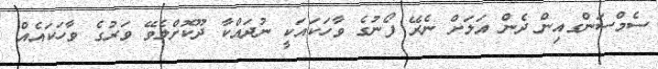
ސެމްސަންގއިން ދެން އަލަށް ނެރޭ ފޯނުގެ ވާހަކައަކީ ނުދައްކާ ދޫކޮށްލެވޭ ވަރުގެ ވާހަކައެއް